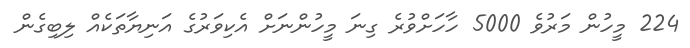
224 މީހުން މަރުވެ 5000 ހާހަށްވުރެ ގިނަ މީހުންނަށް އެކިވަރުގެ އަނިޔާތަކެއް ލިބިގެން